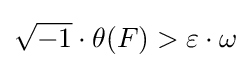
{\sqrt {-1}}\cdot \theta (F)>\varepsilon \cdot \omega